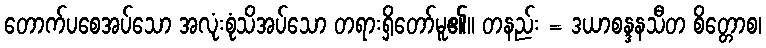
တောက်ပစေအပ်သော အလုံးစုံသိအပ်သော တရားရှိတော်မူ၏။ တနည်း = ဒယာစန္ဒနသီတ စိတ္တောစ၊